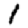
Digit: 1